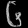
Digit: ၆